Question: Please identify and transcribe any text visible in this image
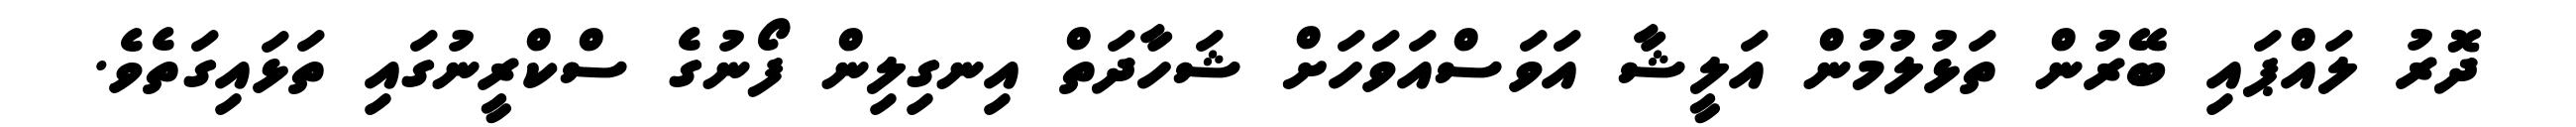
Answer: ދޮރު ލައްޕައި ބޭރުން ތަޅުލުމުން އަލީޝާ އަވަސްއަވަހަށް ޝަހާދަތް އިނގިލިން ފޯނުގެ ސްކްރީނުގައި ތަޅައިގަތެވެ.